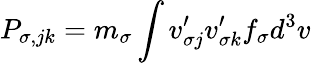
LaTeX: P_{\sigma,jk}=m_{\sigma}\int v_{\sigma j}^{\prime}v_{\sigma k}^{\prime}f_{\sigma}d^{3}v